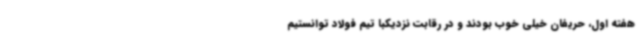
هفته اول، حریفان خیلی خوب بودند و در رقابت نزدیکبا تیم فولاد توانستیم